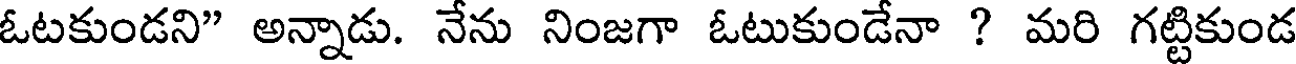
ఓటకుండని" అన్నాడు. నేను నింజగా ఓటుకుండేనా ? మరి గట్టికుండ